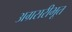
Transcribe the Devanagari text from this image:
अग्रसरीभूत